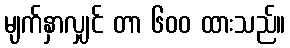
မျက်နှာလျှင် တာ ၆၀၀ ထားသည်။